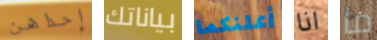
إحداهن بياناتك أعلنكما انا ما